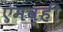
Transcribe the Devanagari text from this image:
एमव्ही